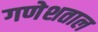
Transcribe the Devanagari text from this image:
गणेशताल